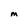
Character: M